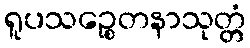
ရူပသဉ္စေတနာသုတ္တံ